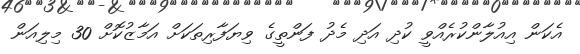
އެކަން އިއުލާންކުރެއްވީ ކުދި އަދި މެދު ފަންތީގެ ވިޔަފާރިތަކަށް އަމާޒުކޮށް 30 މިލިއަން